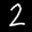
Label: 2